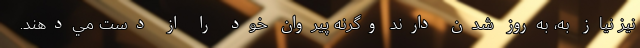
نيز نياز به، به‌روز شدن دارند وگرنه پيروان خود را از دست مي‌دهند.